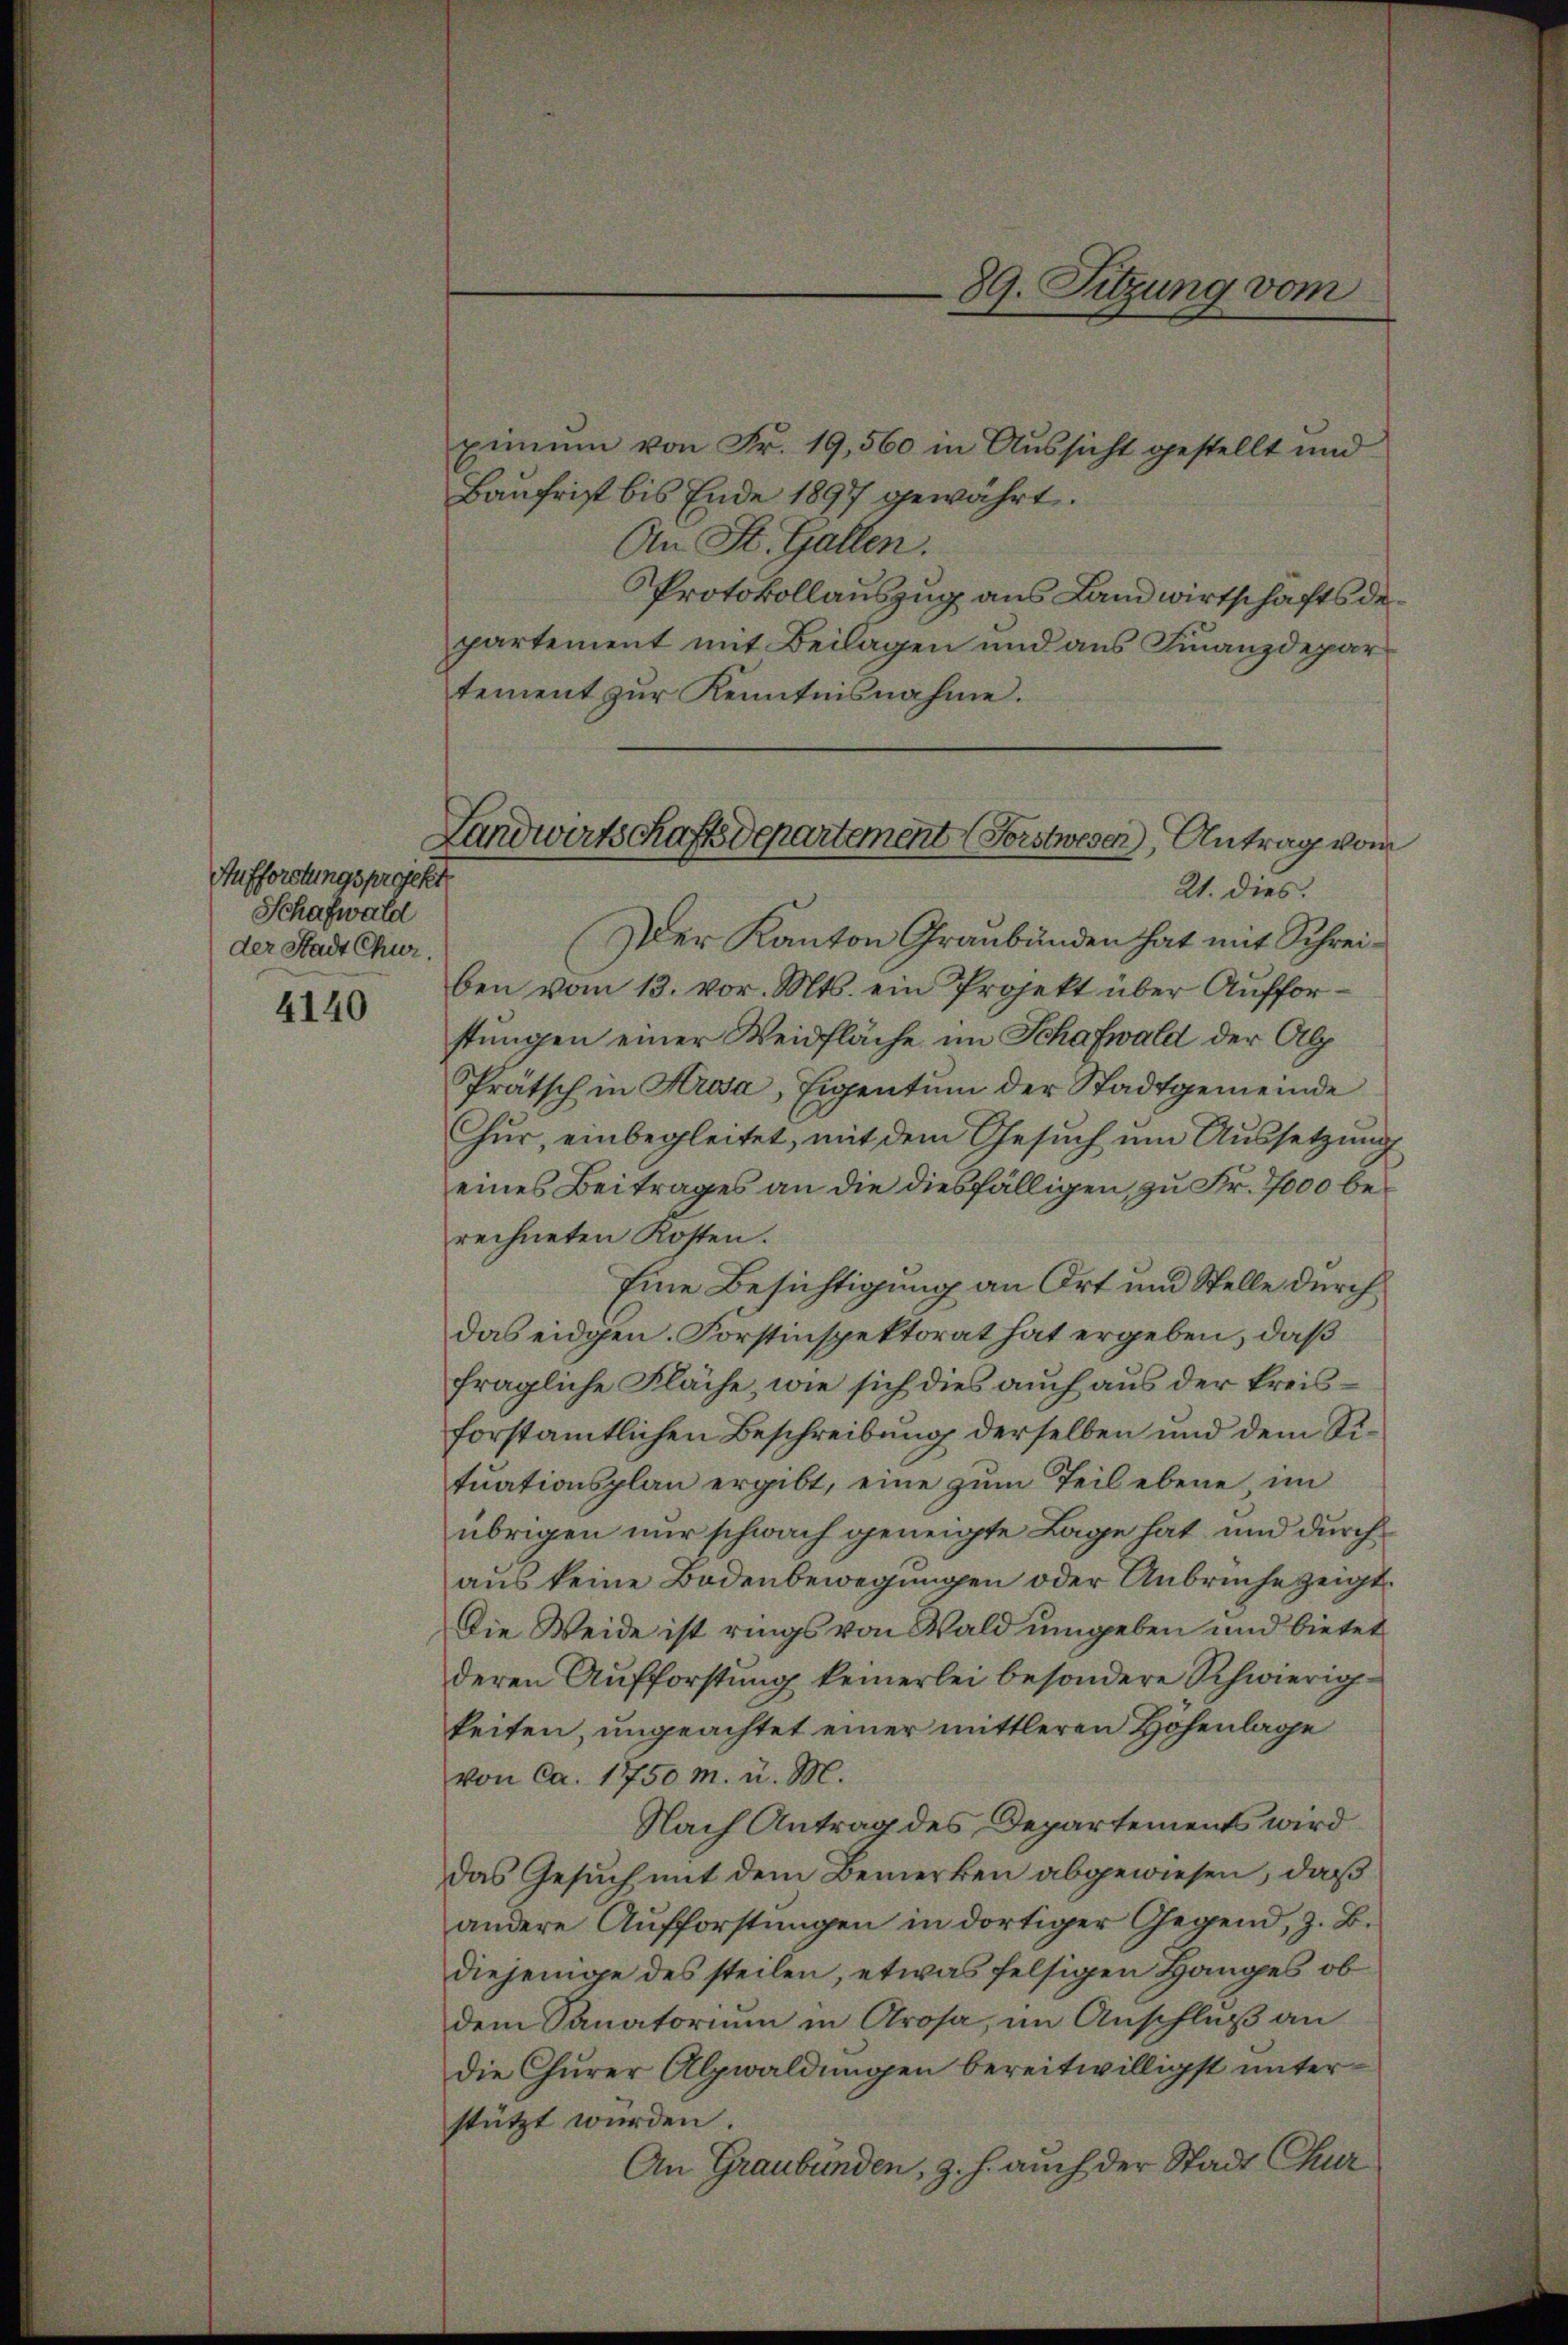
Aufforstungsprojekt
Schafwald
der Stadt Chur.

4140

ximum von Fr. 19,560 in Aussicht gestellt und
Baufrist bis Ende 1897 gewährt.
An St. Gallen.
PProtokollauszug aus Landwirtschaftsdepartement mit Beilagen und aus Finanzdepartement zŭr Kenntnisnahme.
(Der Kanton Graubünden hat mit Schreiben vom 13. vor. Mts. ein Projekt über Aufforstungen einer Weidfläche im Schafwald der Alp
Prätsch in Krosa, Eigentum der Stadtgemeinde
Chŭr, einbegleitet, mit dem Gesŭch ŭm Aŭssetzŭng
eines Beitrages an die diesfälligen, zu Fr. 7000 berechneten Kosten.
Eine Besichtigung an Ort und Stelle durch
das eidgen. Forstinspektorat hat ergeben, daß
fragliche Fläche, wie sich dies auch aus der kreisforstamtlichen Beschreibung derselben und dem Situationsplan ergibt, eine zum Teil ebene, im
übrigen nur schwach geneigte Lage hat und durch
aus keine Bodenbewegungen oder Anbruche zeigt.
Die Weide ist rings von Wald umgeben und bietet
deren Aufforstung keinerlei besondere Schwierigkeiten ungeachtet einer mittleren Höhenlage
von ca. 1750 M. u. M.
Nach Antrag des Departements wird
Das Gesuch mit dem Bemerken abgewiesen, daß
andere Aufforstungen in dortiger Gegend, z. B.
diejenige des steilen, etwas felsigen Hanges ob
dem Sanatorium in Arosa, im Anschluß an
die Churer Alpwaldungen bereitwilligst unterstützt wurden.
An Graubünden, z. h. auch der Stadt Chur

89. Sitzung vom

Landwirtschaftsdepartement (Forstwesen), Antrag vom
21. dies.